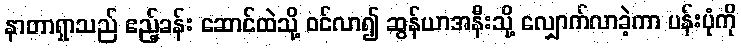
နာတာရှာသည် ဧည့်ခန်း ဆောင်ထဲသို့ ဝင်လာ၍ ဆွန်ယာအနီးသို့ လျှောက်လာခဲ့ကာ ပန်းပုံကို